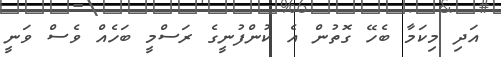
އަދި މިކަމާ ބެހޭ ގޮތުން އެ ކުންފުނީގެ ރަސްމީ ބަހެއް ވެސް ވަނީ